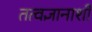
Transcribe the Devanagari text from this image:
तत्वज्ञानाशी